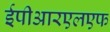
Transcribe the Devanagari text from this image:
ईपीआरएलएफ